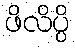
ဖိလိပ္ပိ